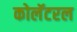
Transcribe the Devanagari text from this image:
कोलॅटरल